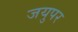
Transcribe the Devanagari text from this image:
जयुपर